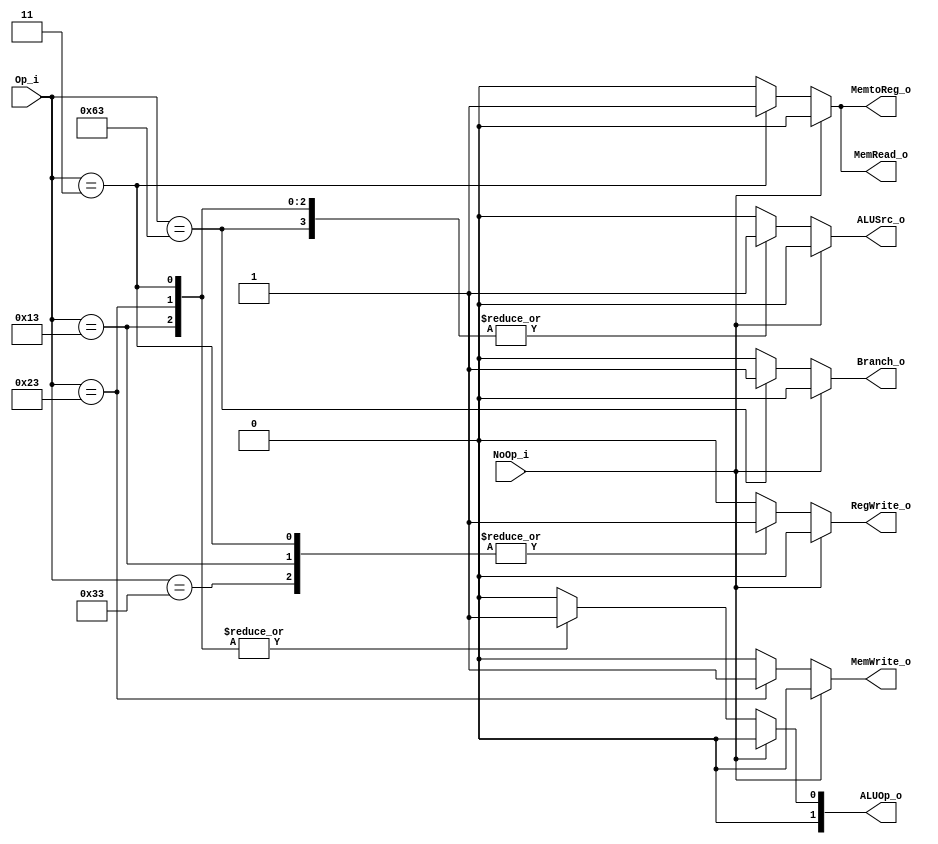
module Control(
    Op_i,
    NoOp_i,
    ALUOp_o,
    ALUSrc_o,
    RegWrite_o,
    MemRead_o,
    MemWrite_o,
    MemtoReg_o,
    Branch_o
);

input [6:0] Op_i;
input NoOp_i;
output [1:0] ALUOp_o;
output ALUSrc_o;
output RegWrite_o;
output MemRead_o;
output MemWrite_o;
output MemtoReg_o;
output Branch_o;

localparam R_TYPE = 7'b0110011;
localparam I_TYPE = 7'b0010011;
localparam LW = 7'b0000011;
localparam SW = 7'b0100011;
localparam BEQ = 7'b1100011;

reg [1:0] ALUOp;
reg ALUSrc;
reg RegWrite;
reg MemRead;
reg MemWrite;
reg MemtoReg;
reg Branching;

assign ALUOp_o = ALUOp;
assign ALUSrc_o = ALUSrc;
assign RegWrite_o = RegWrite;
assign RegWrite_o = RegWrite;
assign MemRead_o = MemRead;
assign MemWrite_o = MemWrite;
assign MemtoReg_o = MemtoReg;
assign Branch_o = Branching;

always @(*) begin
    if(!NoOp_i) begin
        case(Op_i)
        R_TYPE: begin
            ALUOp = 0;
            ALUSrc = 0;
            RegWrite = 1;
            MemRead = 0;
            MemWrite = 0;
            MemtoReg = 0;
            Branching = 0;
        end
        I_TYPE: begin
            ALUOp = 1;
            RegWrite = 1;
            ALUSrc = 1;
            MemRead = 0;
            MemWrite = 0;
            MemtoReg = 0;
            Branching = 0;
        end
        LW: begin
            ALUOp = 1;
            RegWrite = 1; // can be treated as I-TYPE
            ALUSrc = 1;
            MemRead = 1;
            MemWrite = 0;
            MemtoReg = 1;
            Branching = 0;
        end
        SW: begin
            ALUOp = 1;
            RegWrite = 0;
            ALUSrc = 1; // can be treated as I-TYPE
            MemRead = 0;
            MemWrite = 1;
            MemtoReg = 0;
            Branching = 0;
        end
        BEQ: begin
            ALUOp = 0;
            RegWrite = 0;
            ALUSrc = 1; // BEQ is same as R-TYPE
            MemRead = 0;
            MemWrite = 0;
            MemtoReg = 0;
            Branching = 1;
        end
        default: begin
            ALUOp = 0;
            RegWrite = 0;
            ALUSrc = 0; // can be treated as I-TYPE
            MemRead = 0;
            MemWrite = 0;
            MemtoReg = 0;
            Branching = 0;
        end
        endcase
    end
    else begin
            ALUOp = 0;
            RegWrite = 0;
            ALUSrc = 0;
            MemRead = 0;
            MemWrite = 0;
            MemtoReg = 0;
            Branching = 0;
        end
    end

endmodule